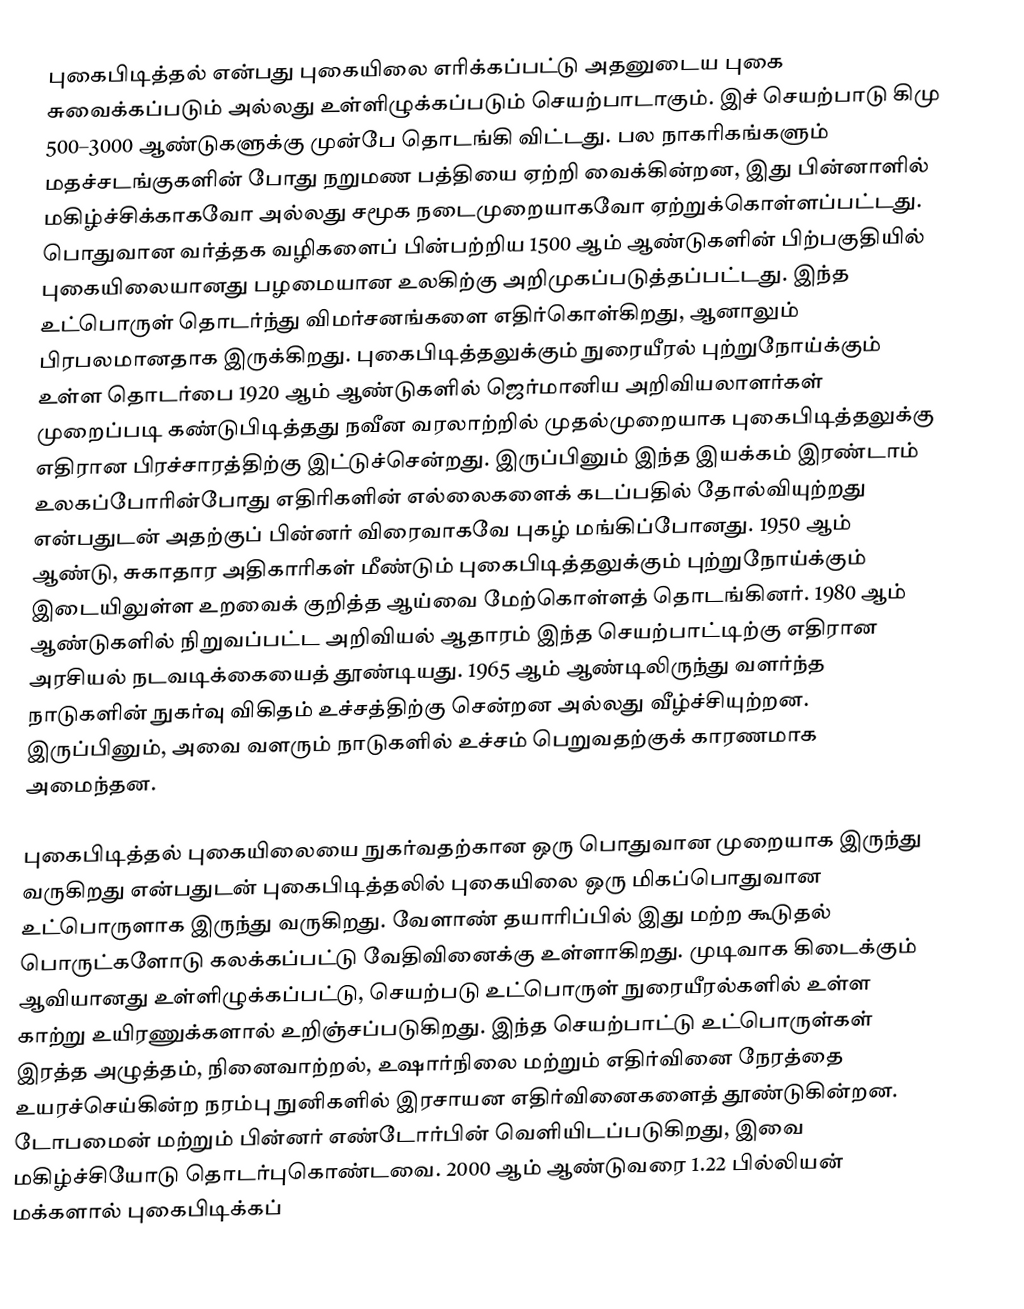
புகைபிடித்தல் என்பது புகையிலை எரிக்கப்பட்டு அதனுடைய புகை சுவைக்கப்படும் அல்லது உள்ளிழுக்கப்படும் செயற்பாடாகும். இச் செயற்பாடு கிமு 500–3000 ஆண்டுகளுக்கு முன்பே தொடங்கி விட்டது. பல நாகரிகங்களும் மதச்சடங்குகளின் போது நறுமண பத்தியை ஏற்றி வைக்கின்றன, இது பின்னாளில் மகிழ்ச்சிக்காகவோ அல்லது சமூக நடைமுறையாகவோ ஏற்றுக்கொள்ளப்பட்டது. பொதுவான வர்த்தக வழிகளைப் பின்பற்றிய 1500 ஆம் ஆண்டுகளின் பிற்பகுதியில் புகையிலையானது பழமையான உலகிற்கு அறிமுகப்படுத்தப்பட்டது. இந்த உட்பொருள் தொடர்ந்து விமர்சனங்களை எதிர்கொள்கிறது, ஆனாலும் பிரபலமானதாக இருக்கிறது. புகைபிடித்தலுக்கும் நுரையீரல் புற்றுநோய்க்கும் உள்ள தொடர்பை 1920 ஆம் ஆண்டுகளில் ஜெர்மானிய அறிவியலாளர்கள் முறைப்படி கண்டுபிடித்தது நவீன வரலாற்றில் முதல்முறையாக புகைபிடித்தலுக்கு எதிரான பிரச்சாரத்திற்கு இட்டுச்சென்றது. இருப்பினும் இந்த இயக்கம் இரண்டாம் உலகப்போரின்போது எதிரிகளின் எல்லைகளைக் கடப்பதில் தோல்வியுற்றது என்பதுடன் அதற்குப் பின்னர் விரைவாகவே புகழ் மங்கிப்போனது. 1950 ஆம் ஆண்டு, சுகாதார அதிகாரிகள் மீண்டும் புகைபிடித்தலுக்கும் புற்றுநோய்க்கும் இடையிலுள்ள உறவைக் குறித்த ஆய்வை மேற்கொள்ளத் தொடங்கினர். 1980 ஆம் ஆண்டுகளில் நிறுவப்பட்ட அறிவியல் ஆதாரம் இந்த செயற்பாட்டிற்கு எதிரான அரசியல் நடவடிக்கையைத் தூண்டியது. 1965 ஆம் ஆண்டிலிருந்து வளர்ந்த நாடுகளின் நுகர்வு விகிதம் உச்சத்திற்கு சென்றன அல்லது வீழ்ச்சியுற்றன. இருப்பினும், அவை வளரும் நாடுகளில் உச்சம் பெறுவதற்குக் காரணமாக அமைந்தன.

புகைபிடித்தல் புகையிலையை நுகர்வதற்கான ஒரு பொதுவான முறையாக இருந்து வருகிறது என்பதுடன் புகைபிடித்தலில் புகையிலை ஒரு மிகப்பொதுவான உட்பொருளாக இருந்து வருகிறது. வேளாண் தயாரிப்பில் இது மற்ற கூடுதல் பொருட்களோடு கலக்கப்பட்டு வேதிவினைக்கு உள்ளாகிறது. முடிவாக கிடைக்கும் ஆவியானது உள்ளிழுக்கப்பட்டு, செயற்படு உட்பொருள் நுரையீரல்களில் உள்ள காற்று உயிரணுக்களால் உறிஞ்சப்படுகிறது. இந்த செயற்பாட்டு உட்பொருள்கள் இரத்த அழுத்தம், நினைவாற்றல், உஷார்நிலை  மற்றும் எதிர்வினை நேரத்தை உயரச்செய்கின்ற நரம்பு நுனிகளில் இரசாயன எதிர்வினைகளைத் தூண்டுகின்றன. டோபமைன் மற்றும் பின்னர் எண்டோர்பின் வெளியிடப்படுகிறது, இவை மகிழ்ச்சியோடு தொடர்புகொண்டவை. 2000 ஆம் ஆண்டுவரை 1.22 பில்லியன் மக்களால் புகைபிடிக்கப்